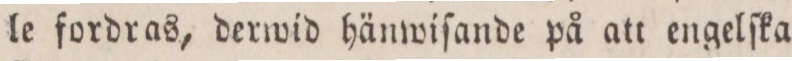
le fordras, derwid hänwiſande på att engelſka